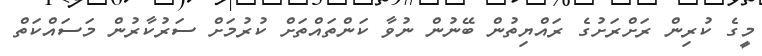
މީގެ ކުރިން ރަަށްރަށުގެ ރައްޔިތުން ބޭނުން ނުވާ ކަންތައްތަށް ކުރުމަށް ސަރުކާރުން މަސައްކަތް